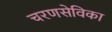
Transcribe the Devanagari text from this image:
चरणसेविका